Regulations for the medical services of the Army of India
Year: 1930
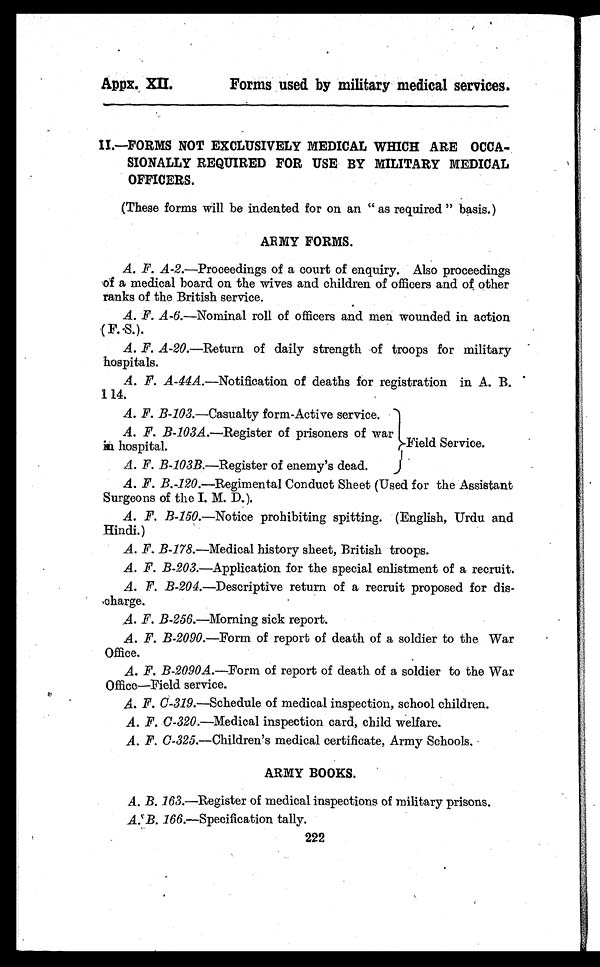
Appx. XII. Forms used by military medical services.
II.—FORMS NOT EXCLUSIVELY MEDICAL WHICH ARE OCCA-
SIONALLY REQUIRED FOR USE BY MILITARY MEDICAL
OFFICERS.
(These forms will be indented for on an " as required " basis.
)
ARMY FORMS.
A. F. A-2.—Proceedings of a court of enquiry. Also proceedings
of a medical board on the wives and children of officers and of other
ranks of the British service.
A. F. A-6.—Nominal roll of officers and men wounded in action
( F..S.).
A. F. A-20. —Return of daily strength of troops for military
hospitals.
A. F. A-44A. —Notification of deaths for registration in A. B.
114.
A. F. B-103.—Casualty form-Active service.
A. F. B-103A.—Register of prisoners of war
in hospital.
A F B-103B—Register of prisoners of war
in hospital Field Service.
A. F. B.-120.—Regimental Conduct Sheet (Used for the Assistant
Surgeons of the I. M. D.).
A. F. B-150. —Notice prohibiting spitting. (English, Urdu and
Hindi.)
A. F. B-178.—Medical history sheet, British troops.
A. F. B-203.—Application for the special enlistment of a recruit.
A. F. B-204. —Descriptive return of a recruit proposed for dis-
charge.
A. F. B-256.—Morning sick report.
A. F. B-2090.—Form of report of death of a soldier to the War
Office.
A. F. B-2090A. —Form of report of death of a soldier to the War
Office—Field service.
A. F. C-319.—Schedule of medical inspection, school children.
A. F. C-320. —Medical inspection card, child welfare
.
A. F. C-325.—Children's medical certificate, Army Schools.
ARMY BOOKS.
A. B. 163.—Register of medical inspections of military prisons.
A. B. 166.—Specification tally.
222